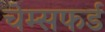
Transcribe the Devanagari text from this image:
चेम्सफर्ड